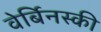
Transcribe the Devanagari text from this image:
वेर्बिनस्की